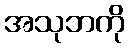
အသုဘကို